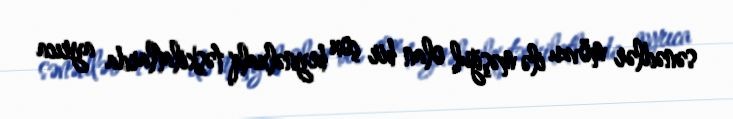
sənədlər mövzu ilə məşğul olan bir çox beynəlxalq təşkilatlarda ayrıca